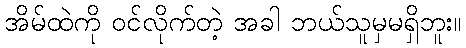
အိမ်ထဲကို ဝင်လိုက်တဲ့ အခါ ဘယ်သူမှမရှိဘူး။